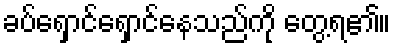
ခပ်ရှောင်ရှောင်နေသည်ကို တွေ့ရ၏။